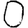
Digit: 0